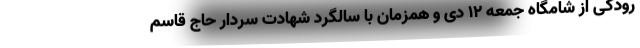
رودکی از شامگاه جمعه ۱۲ دی و همزمان با سالگرد شهادت سردار حاج قاسم